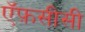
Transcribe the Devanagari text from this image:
ऍफ़सीसी